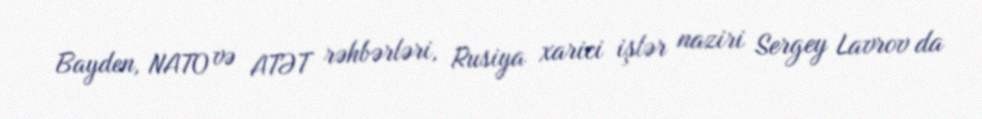
Bayden, NATO və ATƏT rəhbərləri, Rusiya xarici işlər naziri Sergey Lavrov da